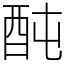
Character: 䣩